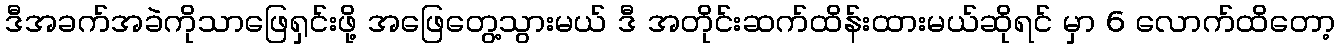
ဒီအခက်အခဲကိုသာဖြေရှင်းဖို့ အဖြေတွေ့သွားမယ် ဒီ အတိုင်းဆက်ထိန်းထားမယ်ဆိုရင် မှာ 6 လောက်ထိတော့